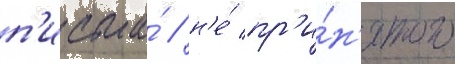
п'исьма́ / н'е́ пр'и́н'ятого